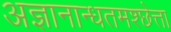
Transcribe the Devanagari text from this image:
अज्ञानान्धतमश्छेत्ता